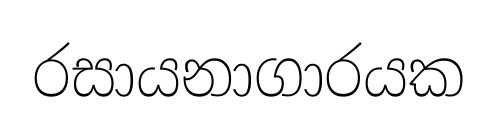
රසායනාගාරයක